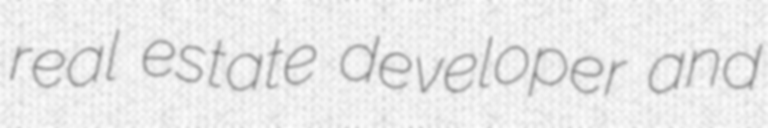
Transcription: real estate developer and